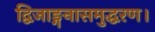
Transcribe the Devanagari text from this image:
द्विजाङ्गनासमुद्धरण।